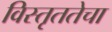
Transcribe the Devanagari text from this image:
विस्तृततेचा